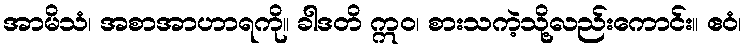
အာမိသံ၊ အစာအာဟာရကို။ ခါဒတိ ဣဝ၊ စားသကဲ့သို့လည်းကောင်း။ ဧဝံ၊